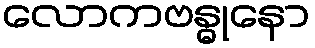
လောကဗန္ဓုနော